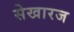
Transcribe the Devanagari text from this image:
सेखारज